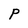
Character: P